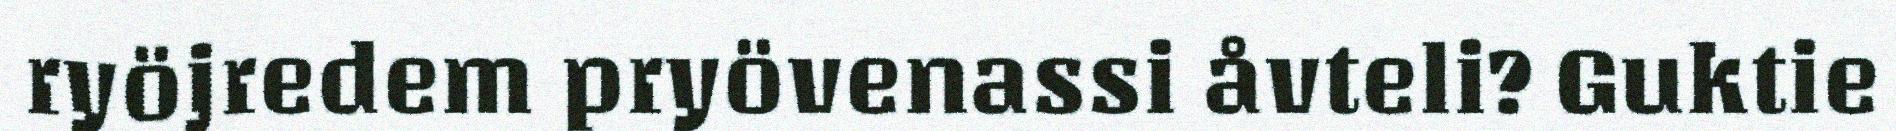
ryöjredem pryövenassi åvteli? Guktie